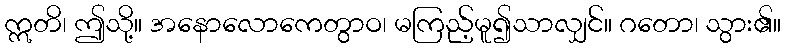
ဣတိ၊ ဤသို့။ အနောလောကေတွာဝ၊ မကြည့်မူ၍သာလျှင်။ ဂတော၊ သွား၏။